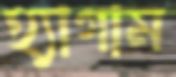
হ্যাগাম